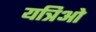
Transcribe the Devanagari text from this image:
यत्रिओ